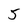
Character: 5